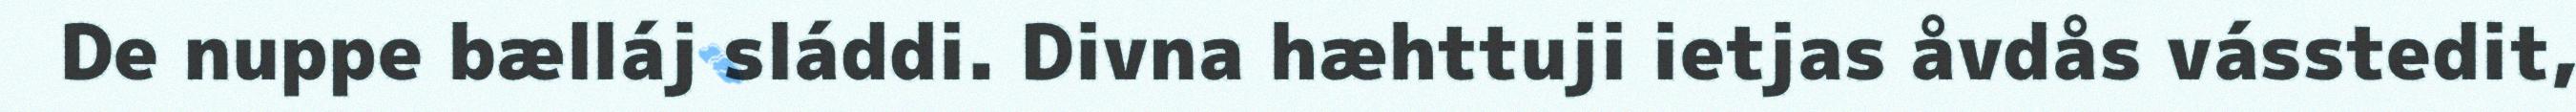
De nuppe bælláj sláddi. Divna hæhttuji ietjas åvdås vásstedit,